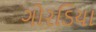
ગોરડિયા